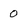
Character: 0